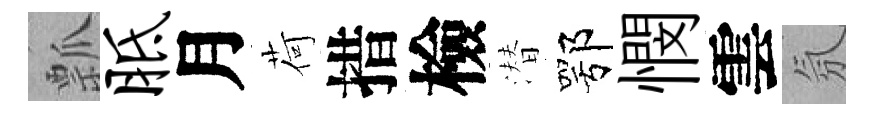
瓢胝月荷措檢潜鄂憫雲氛